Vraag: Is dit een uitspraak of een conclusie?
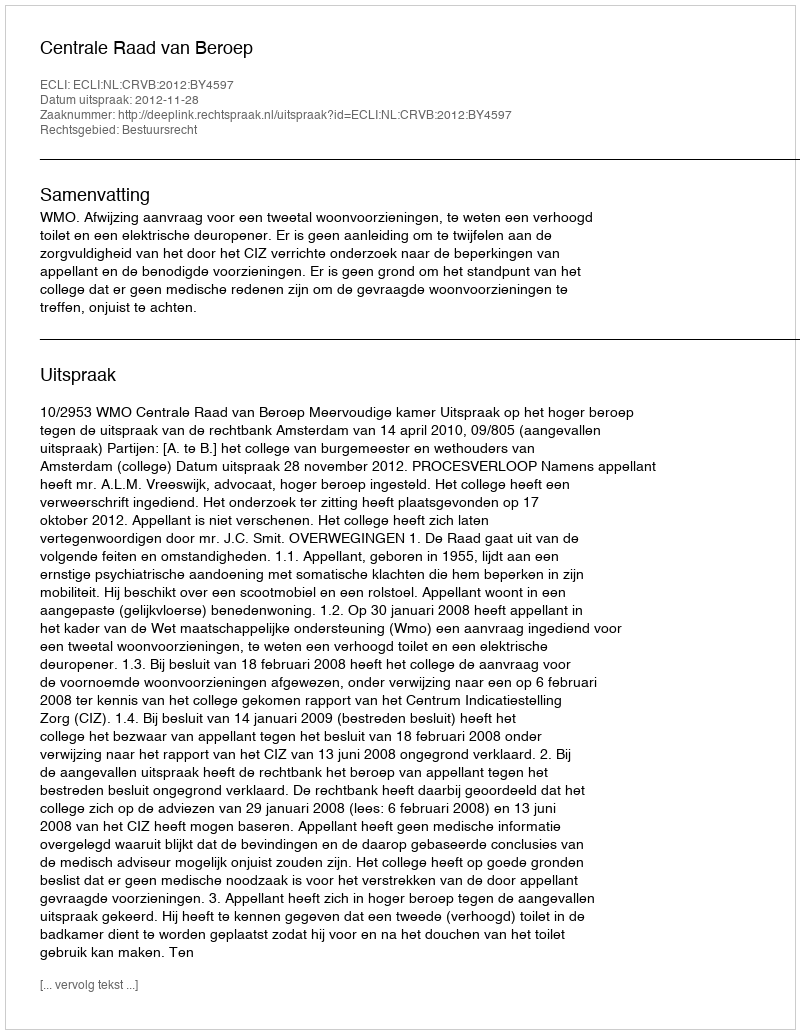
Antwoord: Uitspraak